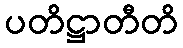
ပတိဋ္ဌာတီတိ